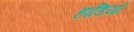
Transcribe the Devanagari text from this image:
हांडियाँ